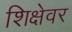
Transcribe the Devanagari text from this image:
शिक्षेवर